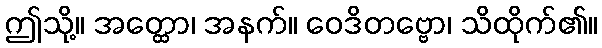
ဤသို့။ အတ္ထော၊ အနက်။ ဝေဒိတဗ္ဗော၊ သိထိုက်၏။